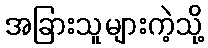
အခြားသူများကဲ့သို့